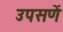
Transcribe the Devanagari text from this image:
उपसणें